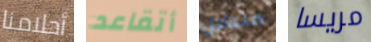
أحلامنا أتقاعد متبادل مريسا